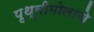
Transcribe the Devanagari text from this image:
पृथ्वीमोलाचे